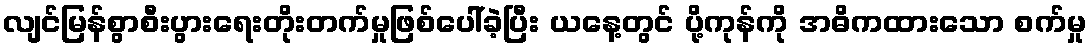
လျင်မြန်စွာစီးပွားရေးတိုးတက်မှုဖြစ်ပေါ်ခဲ့ပြီး ယနေ့တွင် ပို့ကုန်ကို အဓိကထားသော စက်မှု